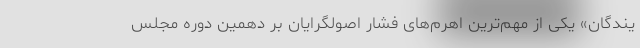
یندگان» یکی از مهم‌ترین اهرم‌های فشار اصولگرایان بر دهمین دوره مجلس